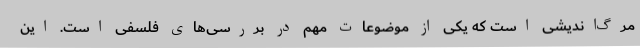
مرگ‌اندیشی است که یکی از موضوعات مهم در بررسی‌های فلسفی است. این